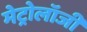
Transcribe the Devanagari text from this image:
मेट्रोलॉजी